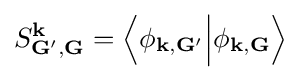
S_{\mathbf {G'} ,\mathbf {G} }^{\mathbf {k} }=\left\langle \phi _{\mathbf {k} ,\mathbf {G'} }{\Big |}\phi _{\mathbf {k} ,\mathbf {G} }\right\rangle